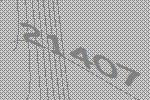
21407